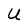
Character: U